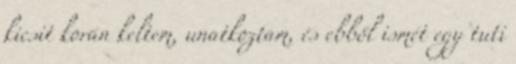
kicsit korán keltem, unatkoztam, és ebből ismét egy tuti